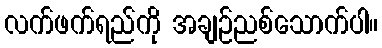
လက်ဖက်ရည်ကို အချဉ်ညစ်သောက်ပါ။